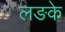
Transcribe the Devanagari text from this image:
लङके